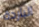
الباردة